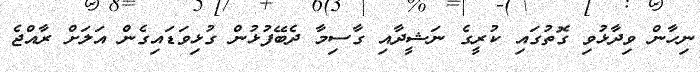
ނިހާން ވިދާޅުވި ގޮތުގައި ކުރީގެ ނަޝީދާއި ގާސިމާ ދެބޭފުޅުން ގުޅިވަޑައިގެން އަލަށް ރާއްޖެ